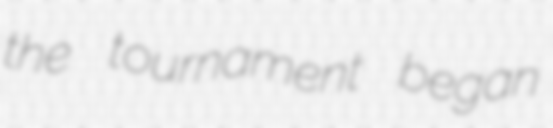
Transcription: the tournament began